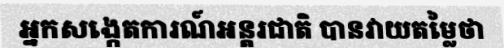
អ្នកសង្កេតការណ៍អន្តរជាតិ បានវាយតម្លៃថា